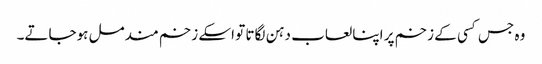
وہ جس کسی کے زخم پر اپنا لعاب دہن لگاتا تو اسکے زخم مندمل ہوجاتے۔